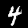
Digit: 4